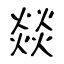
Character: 燚